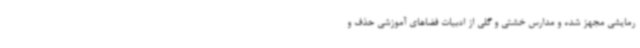
رمایشی مجهز شده و مدارس خشتی و گلی از ادبیات فضاهای آموزشی حذف و